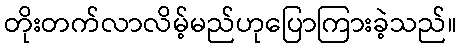
တိုးတက်လာလိမ့်မည်ဟုပြောကြားခဲ့သည်။